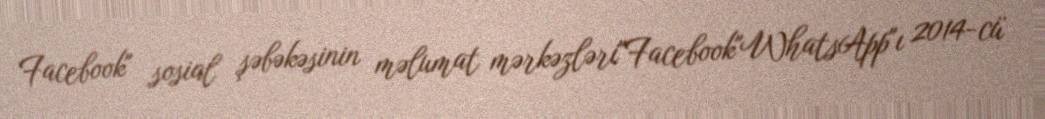
Facebook" sosial şəbəkəsinin məlumat mərkəzləri"Facebook"WhatsApp"ı 2014-cü